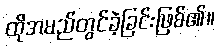
ထိုအမည်တွင်ခဲ့ခြင်းဖြစ်၏။